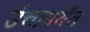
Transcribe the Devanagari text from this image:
उंचापर्यंत